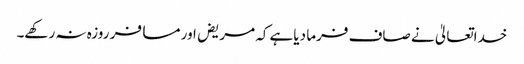
خداتعالیٰ نے صاف فرما دیاہے کہ مریض اور مسافر روزہ نہ رکھے۔